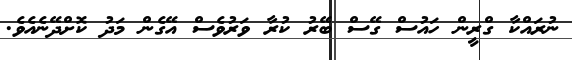
ނުރައްކާ ގްރީން ހައުސް ގޭސް ބޭރު ކުރާ ވަރުވެސް އޭގެން މަދު ކޮށްދޭނެއެވެ.